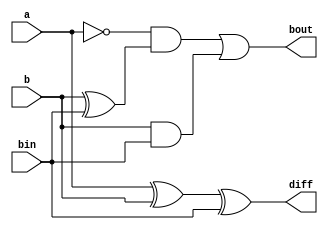
// This program was cloned from: https://github.com/ekb0412/100DaysofRTL
// License: Apache License 2.0

`timescale 1ns / 1ps

module full_subtractor(
  input a, b, bin,
  output diff, bout
);

  assign diff = a ^ b ^ bin;
  assign bout = (~a & (b^bin)) | (b & bin) ;
endmodule